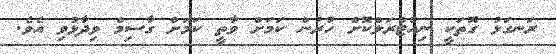
ރަނގަޅު ގޮތަކީ ނިއުޓްރަލްކޮށް ހުރުން ކަމަށް ވާތީ ކަމަށް ގާސިމް ވިދާޅުވި އެވެ.